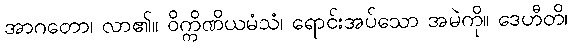
အာဂတော၊ လာ၏။ ဝိက္ကိဏိယမံသံ၊ ရောင်းအပ်သော အမဲကို။ ဒေဟီတိ၊